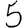
Digit: 5